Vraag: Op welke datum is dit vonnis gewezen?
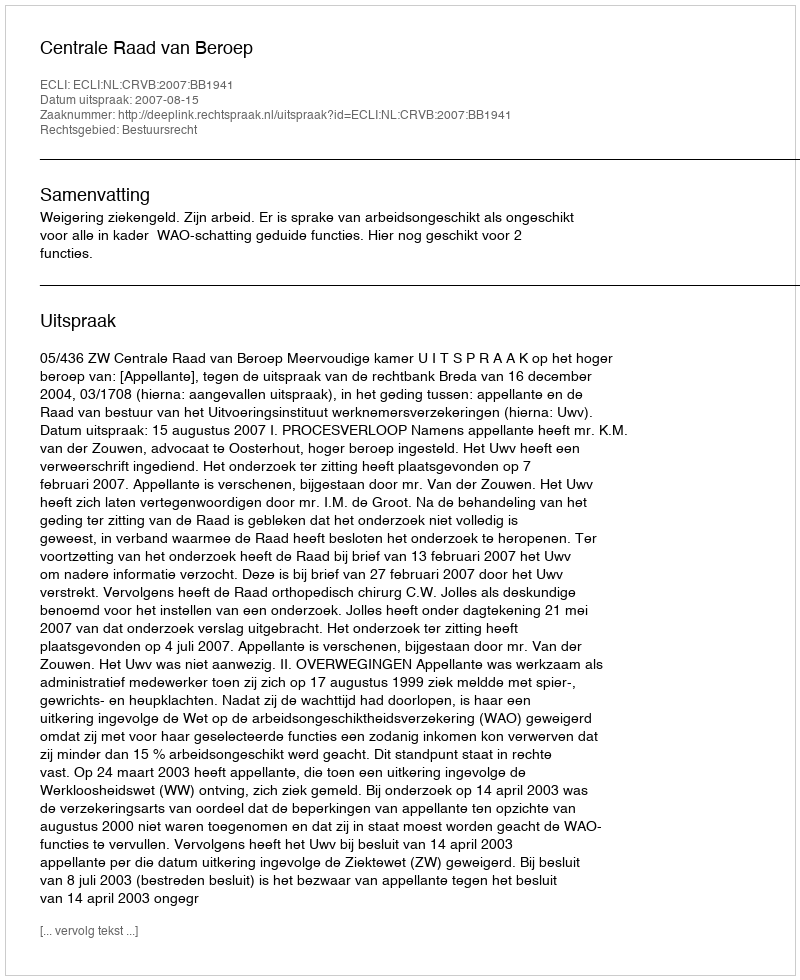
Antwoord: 2007-08-15